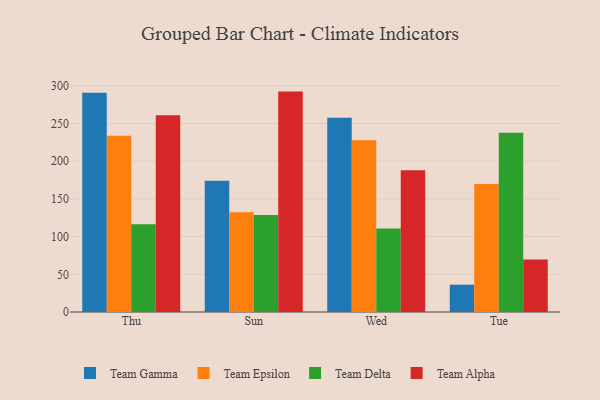
{"axis": {"x": "Day", "y": "Website Visitors"}, "legend": ["Team Alpha", "Team Delta", "Team Epsilon", "Team Gamma"], "data": [{"x": "Thu", "y": 290.7, "type": "Team Gamma"}, {"x": "Thu", "y": 233.9, "type": "Team Epsilon"}, {"x": "Thu", "y": 116.5, "type": "Team Delta"}, {"x": "Thu", "y": 261.1, "type": "Team Alpha"}, {"x": "Sun", "y": 174.2, "type": "Team Gamma"}, {"x": "Sun", "y": 132.4, "type": "Team Epsilon"}, {"x": "Sun", "y": 128.8, "type": "Team Delta"}, {"x": "Sun", "y": 292.3, "type": "Team Alpha"}, {"x": "Wed", "y": 257.6, "type": "Team Gamma"}, {"x": "Wed", "y": 227.8, "type": "Team Epsilon"}, {"x": "Wed", "y": 110.7, "type": "Team Delta"}, {"x": "Wed", "y": 188.1, "type": "Team Alpha"}, {"x": "Tue", "y": 36.2, "type": "Team Gamma"}, {"x": "Tue", "y": 169.6, "type": "Team Epsilon"}, {"x": "Tue", "y": 237.8, "type": "Team Delta"}, {"x": "Tue", "y": 69.5, "type": "Team Alpha"}]}